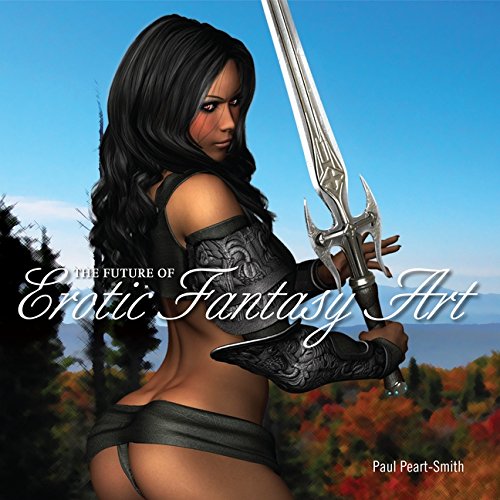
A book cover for The Future of Erotic Fantasy Art; Paul Peart-Smith; Arts & Photography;